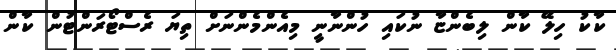
ކާކު ހިލޭ ކާން ލިބެންޏާ ނުކައި ހުންނާނީ މިއެންމެންނަށް ތިޔަ ރެސްޓޯރަންޓުން ކާން